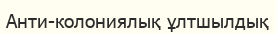
Анти-колониялық ұлтшылдық